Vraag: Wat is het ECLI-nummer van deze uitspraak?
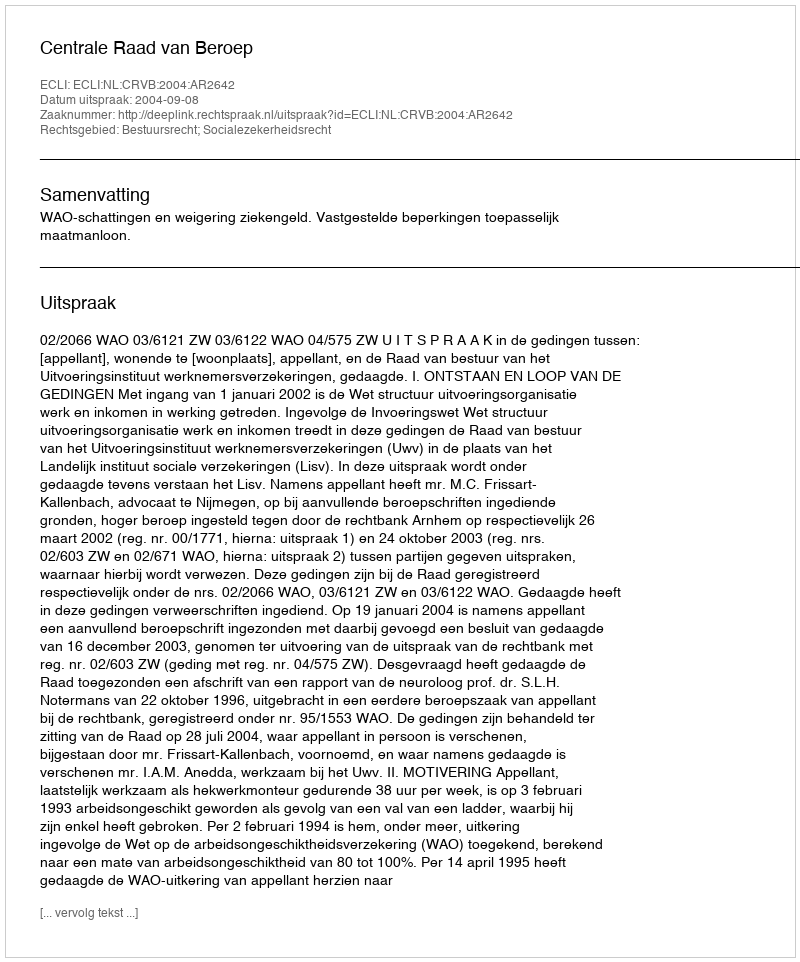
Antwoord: ECLI:NL:CRVB:2004:AR2642